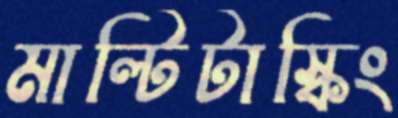
মাল্টিটাস্কিং